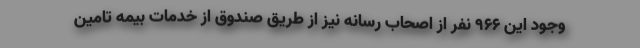
وجود این ۹۶۶ نفر از اصحاب رسانه نیز از طریق صندوق از خدمات بیمه تامین